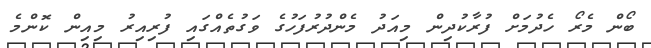
ބޯން މެރޯ ހެދުމަށް ފުރާކުދިން މިއަދު މެންދުރުފަހުގެ ވަގުތެއްގައި ފުރިއިރު މިއިން ކޮންމެ